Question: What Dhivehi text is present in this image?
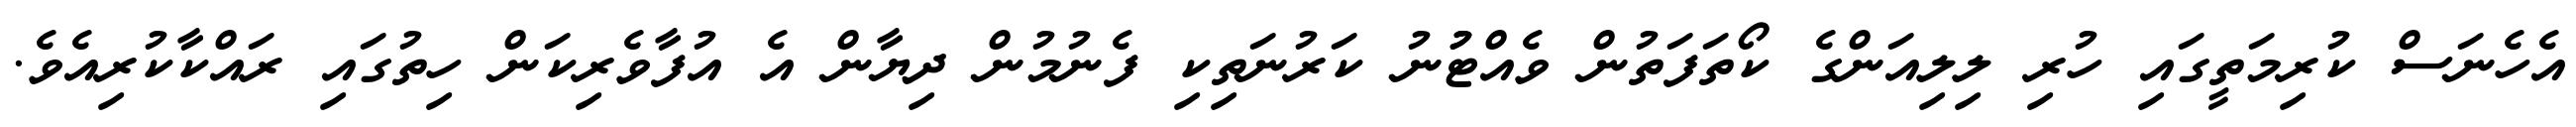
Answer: އެހެނަސް ކުރިމަތީގައި ހުރި ލިލިއަންގެ ކޯތަފަތުން ވެއްޓުުނު ކަރުނަތިކި ފެނުމުން ދިޔާން އެ އުފާވެރިކަން ހިތުގައި ރައްކާކުރިއެވެ.